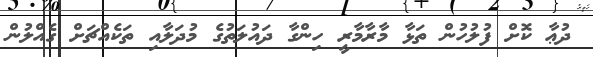
ދުޢާ ކޮށް ފުލުހުން ތަޅާ މާރާމާރީ ހިންގާ ދައުލަތުގެ މުދަލާއި ތަކެއްޗަށް ގެއްލުން